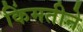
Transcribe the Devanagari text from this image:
किंमतीने